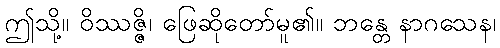
ဤသို့။ ဝိဿဇ္ဇိ၊ ဖြေဆိုတော်မူ၏။ ဘန္တေ နာဂသေန၊